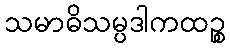
သမာဓိသမ္ပဒါကထဉ္စ